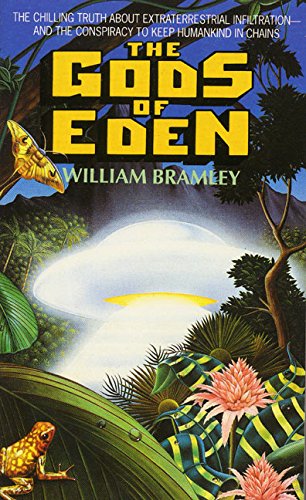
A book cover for The Gods of Eden; William Bramley; Science & Math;